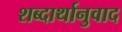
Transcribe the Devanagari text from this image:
शब्दार्थानुवाद